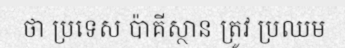
ថា ប្រទេស ប៉ាគីស្ថាន ត្រូវ ប្រឈម